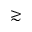
\gtrsim